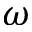
\omega